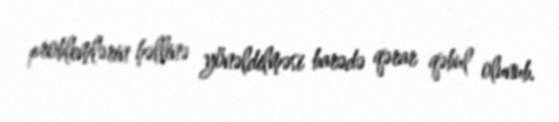
problemlərin həllinə yönəldilməsi barədə qərar qəbul olunub.